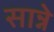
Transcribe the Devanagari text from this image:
सान्ने